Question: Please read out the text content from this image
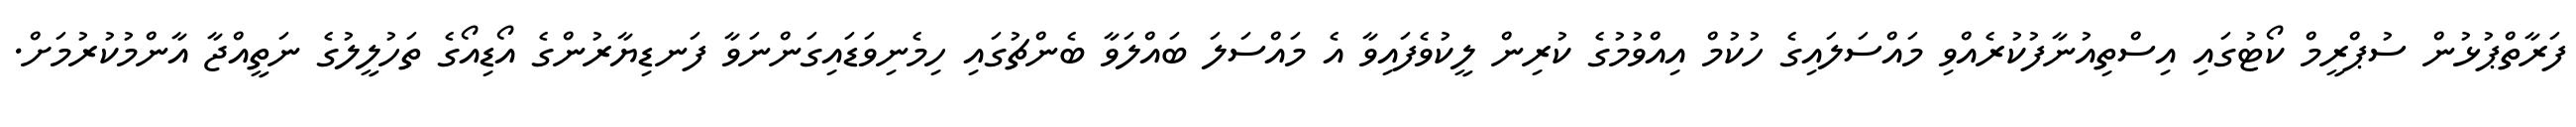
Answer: ފަރާތްޕުޅުން ސުޕްރީމް ކޯޓުގައި އިސްތިއުނާފުކުރެއްވި މައްސަލައިގެ ހުކުމް އިއްވުމުގެ ކުރިން ލީކުވެފައިވާ އެ މައްސަލަ ބައްލަވާ ބެންޗުގައި ހިމެނިވަޑައިގަންނަވާ ފަނޑިޔާރުންގެ އޯޑިއޯގެ ތަހުލީލުގެ ނަތީއްޖާ އާންމުކުރުމަށް.